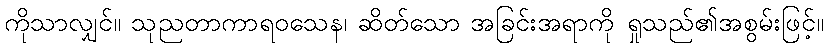
ကိုသာလျှင်။ သုညတာကာရဝသေန၊ ဆိတ်သော အခြင်းအရာကို ရှုသည်၏အစွမ်းဖြင့်။